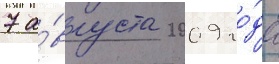
7 а́вгуста 2009 го́да